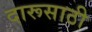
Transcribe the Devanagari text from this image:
दारूसाठी